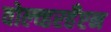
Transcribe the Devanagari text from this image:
वोल्व्हरहँप्टन